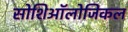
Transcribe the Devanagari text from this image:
सोशिऑलोजिकल